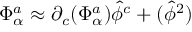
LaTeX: \Phi _ { \alpha } ^ { a } \approx \partial _ { c } ( \Phi _ { \alpha } ^ { a } ) \hat { \phi } ^ { c } + \O ( \hat { \phi } ^ { 2 } )